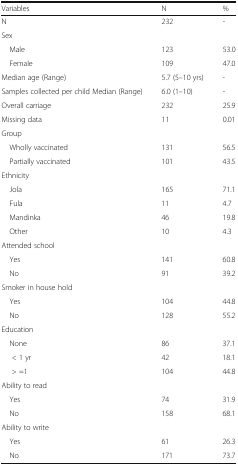
<table><thead><tr><td><b>Variables</b></td><td><b>N</b></td><td><b>%</b></td></tr></thead><tbody><tr><td>N</td><td>232</td><td>-</td></tr><tr><td colspan="3">Sex</td></tr><tr><td> Male</td><td>123</td><td>53.0</td></tr><tr><td> Female</td><td>109</td><td>47.0</td></tr><tr><td>Median age (Range)</td><td>5.7 (5–10 yrs)</td><td>-</td></tr><tr><td>Samples collected per child Median (Range)</td><td>6.0 (1–10)</td><td>-</td></tr><tr><td>Overall carriage</td><td>232</td><td>25.9</td></tr><tr><td>Missing data</td><td>11</td><td>0.01</td></tr><tr><td colspan="3">Group</td></tr><tr><td> Wholly vaccinated</td><td>131</td><td>56.5</td></tr><tr><td> Partially vaccinated</td><td>101</td><td>43.5</td></tr><tr><td colspan="3">Ethnicity</td></tr><tr><td> Jola</td><td>165</td><td>71.1</td></tr><tr><td> Fula</td><td>11</td><td>4.7</td></tr><tr><td> Mandinka</td><td>46</td><td>19.8</td></tr><tr><td> Other</td><td>10</td><td>4.3</td></tr><tr><td colspan="3">Attended school</td></tr><tr><td> Yes</td><td>141</td><td>60.8</td></tr><tr><td> No</td><td>91</td><td>39.2</td></tr><tr><td colspan="3">Smoker in house hold</td></tr><tr><td> Yes</td><td>104</td><td>44.8</td></tr><tr><td> No</td><td>128</td><td>55.2</td></tr><tr><td colspan="3">Education</td></tr><tr><td> None</td><td>86</td><td>37.1</td></tr><tr><td>&lt; 1 yr</td><td>42</td><td>18.1</td></tr><tr><td>&gt; =1</td><td>104</td><td>44.8</td></tr><tr><td colspan="3">Ability to read</td></tr><tr><td> Yes</td><td>74</td><td>31.9</td></tr><tr><td> No</td><td>158</td><td>68.1</td></tr><tr><td colspan="3">Ability to write</td></tr><tr><td> Yes</td><td>61</td><td>26.3</td></tr><tr><td> No</td><td>171</td><td>73.7</td></tr></tbody></table>